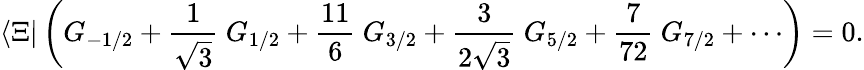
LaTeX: \langle\Xi|\left(G_{-1/2}+\frac{1}{\sqrt{3}}\ G_{1/2}+\frac{11}{6}\ G_{3/2}+\frac{3}{2\sqrt{3}}\ G_{5/2}+\frac{7}{72}\ G_{7/2}+\cdots\right)=0.